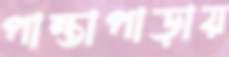
পান্তাপাড়ায়